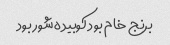
برنج خام بود کوبیده شور بود